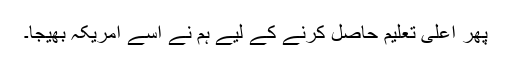
پھر اعلی تعلیم حاصل کرنے کے لیے ہم نے اسے امریکہ بھیجا۔